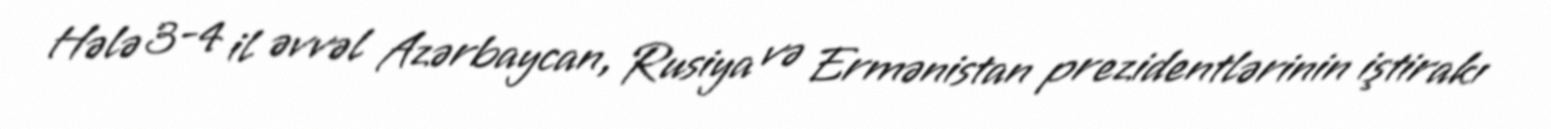
Hələ 3-4 il əvvəl Azərbaycan, Rusiya və Ermənistan prezidentlərinin iştirakı